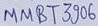
Text: MMBT3906